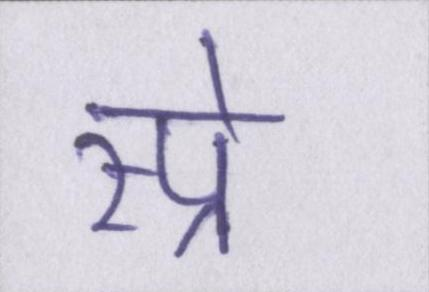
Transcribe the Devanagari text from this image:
स्प्रे